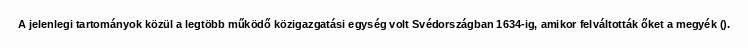
A jelenlegi tartományok közül a legtöbb működő közigazgatási egység volt Svédországban 1634-ig, amikor felváltották őket a megyék ().